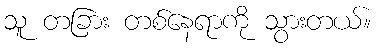
သူ တခြား တစ်နေရာကို သွားတယ်။